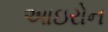
આઇરોન